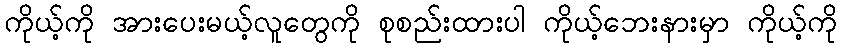
ကိုယ့်ကို အားပေးမယ့်လူတွေကို စုစည်းထားပါ ကိုယ့်ဘေးနားမှာ ကိုယ့်ကို